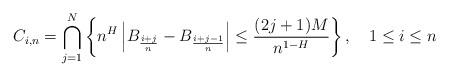
LaTeX: \begin{align*}C_{i,n}=\bigcap_{j=1}^{N}\left\{ n^{H}\left|B_{\frac{i+j}{n}}-B_{\frac{i+j-1}{n}}\right|\leq\frac{(2j+1)M}{n^{1-H}}\right\} ,\quad1\leq i\leq n\end{align*}